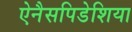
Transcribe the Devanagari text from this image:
ऐनैसपिडेशिया